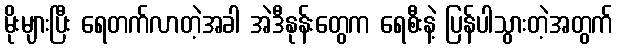
မိုးများပြီး ရေတက်လာတဲ့အခါ အဲဒီနုန်းတွေက ရေစီးနဲ့ ပြန်ပါသွားတဲ့အတွက်